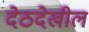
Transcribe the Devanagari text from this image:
देठदेखील